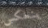
ينعكس